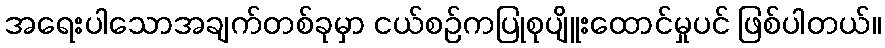
အရေးပါသောအချက်တစ်ခုမှာ ငယ်စဉ်ကပြုစုပျိူးထောင်မှုပင် ဖြစ်ပါတယ်။